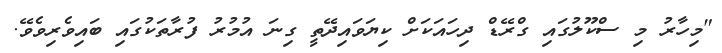
"މިހާރު މި ސްކޫލުގައި ގްރޭޑް ދިހައަކަށް ކިޔަވައިދޭތީ ގިނަ އުމުރު ފުރާތަކުގައި ބައިވެރިވެވޭ.